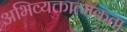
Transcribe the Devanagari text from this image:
अभिव्यक्तात्मकता